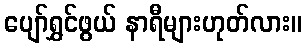
ပျော်ရွှင်ဖွယ် နာရီများဟုတ်လား။